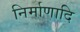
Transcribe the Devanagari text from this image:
निर्माणादि